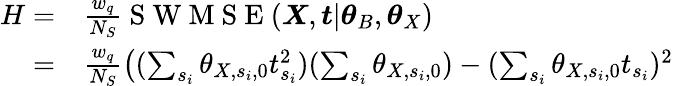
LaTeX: \begin{array}{rl}{H=}&{{}\frac{w_{q}}{N_{S}}\mathrm{~S~W~M~S~E~}(\boldsymbol{X},\boldsymbol{t}|\boldsymbol{\theta}_{B},\boldsymbol{\theta}_{X})}\\ {=}&{{}\frac{w_{q}}{N_{S}}\left((\sum_{s_{i}}\theta_{X,s_{i},0}t_{s_{i}}^{2})(\sum_{s_{i}}\theta_{X,s_{i},0})-(\sum_{s_{i}}\theta_{X,s_{i},0}t_{s_{i}})^{2}\right.}\end{array}